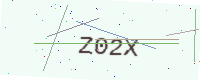
Text: Z02X